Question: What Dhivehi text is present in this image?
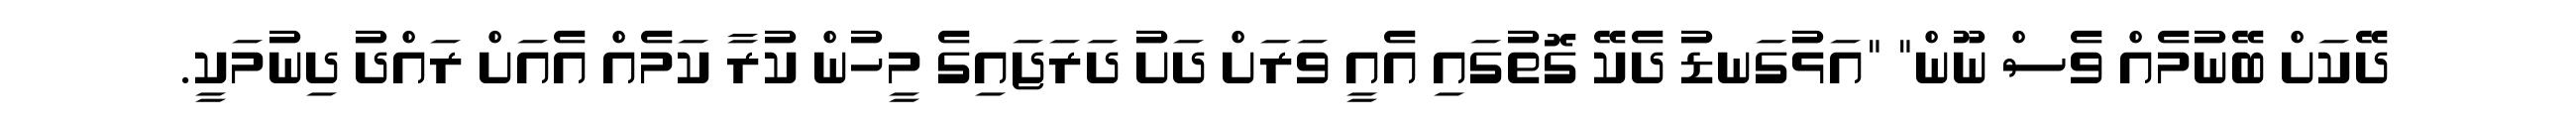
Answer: ދޭކަށް ބޭނުމެއް ވެސް ނޫން" "އަޅުގަނޑު ދެކޭ ގޮތުގައި އެއީ ވަރަށް ދަށު ދަރަޖައިގެ މީހުން ކުރާ ކަމެއް އެއަށް ރައްދު ދިނުމަކީ.